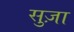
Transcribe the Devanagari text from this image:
सुज़ा